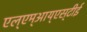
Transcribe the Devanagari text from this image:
एल्‌एम्‌आय्‌एस्‌टीई